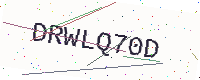
Text: DRWLQ70D